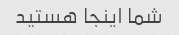
شما اینجا هستید